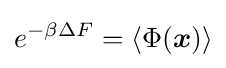
e^{-\beta \Delta F}=\langle \Phi ({\boldsymbol {x}})\rangle